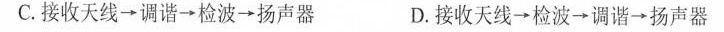
C.接收天线\longrightarrow 调谐\longrightarrow 检波\longrightarrow 扬声器 D.接收天线\longrightarrow 检波\longrightarrow 调谐\longrightarrow 扬声器